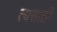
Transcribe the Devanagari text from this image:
त्यसाठी